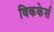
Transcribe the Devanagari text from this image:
विककेर्स